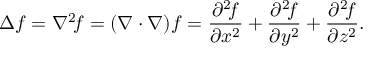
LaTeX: \Delta f = \nabla ^ { 2 } \! f = ( \nabla \cdot \nabla ) f = { \frac { \partial ^ { 2 } \! f } { \partial x ^ { 2 } } } + { \frac { \partial ^ { 2 } \! f } { \partial y ^ { 2 } } } + { \frac { \partial ^ { 2 } \! f } { \partial z ^ { 2 } } } .